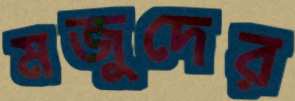
মজুদের